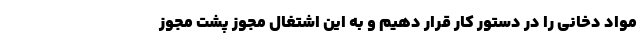
مواد دخانی را در دستور کار قرار دهیم و به این اشتغال مجوز پشت مجوز